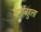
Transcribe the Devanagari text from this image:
वर्णबहुला